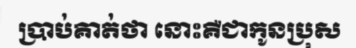
ប្រាប់គាត់ថា នោះគឺជាកូនប្រុស